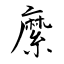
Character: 縻